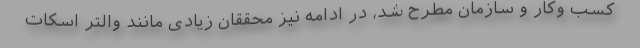
کسب وکار و سازمان مطرح شد، در ادامه نیز محققان زیادی مانند والتر اسکات